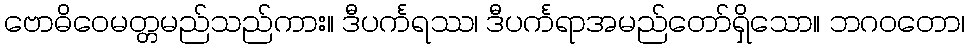
ဗောဓိဝေမတ္တမည်သည်ကား။ ဒီပင်္ကရဿ၊ ဒီပင်္ကရာအမည်တော်ရှိသော။ ဘဂဝတော၊